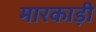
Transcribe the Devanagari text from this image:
मारकाड़ी